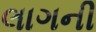
લાગની